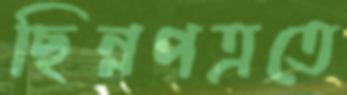
ছিন্নপত্রতে